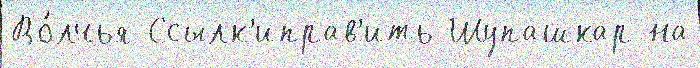
Во́лчья Ссылк'иправ'ить Шупашкар на